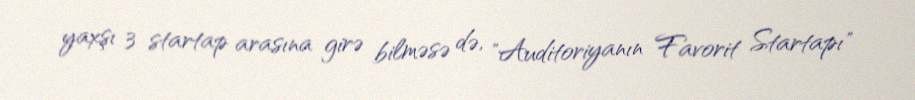
yaxşı 3 startap arasına girə bilməsə də, "Auditoriyanın Favorit Startapı"